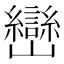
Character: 巒